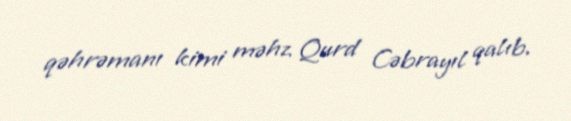
qəhrəmanı kimi məhz Qurd Cəbrayıl qalıb.